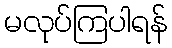
မလုပ်ကြပါရန်